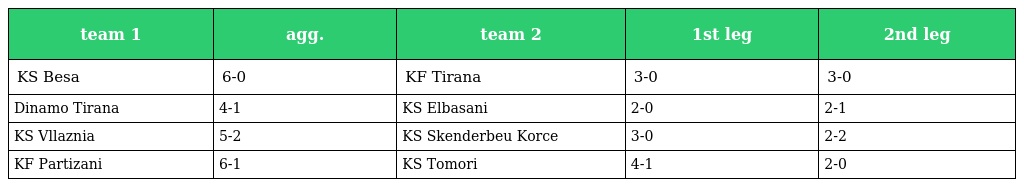
| team 1 | agg. | team 2 | 1st leg | 2nd leg |
 | --- | --- | --- | --- | --- |
 | KS Besa | 6-0 | KF Tirana | 3-0 | 3-0 |
 | Dinamo Tirana | 4-1 | KS Elbasani | 2-0 | 2-1 |
 | KS Vllaznia | 5-2 | KS Skenderbeu Korce | 3-0 | 2-2 |
 | KF Partizani | 6-1 | KS Tomori | 4-1 | 2-0 |